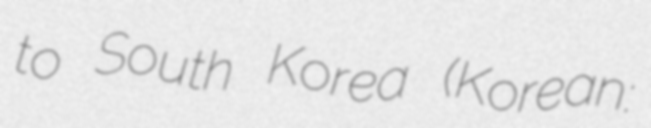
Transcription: to South Korea (Korean: